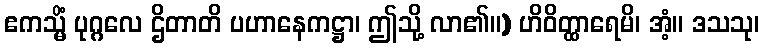
ဧကသ္မိံ ပုဂ္ဂလေ ဌိတာတိ ပဟာနေကဋ္ဌာ၊ ဤသို့ လာ၏။) ဟိဝိတ္ထာရေမိ၊ အံ့။ ဒသသု၊